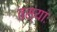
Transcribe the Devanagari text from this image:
तस्याः